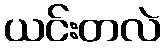
ယင်းတလဲ